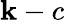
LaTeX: \mathbf{k}-c